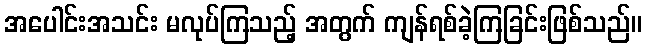
အပေါင်းအသင်း မလုပ်ကြသည့် အတွက် ကျန်ရစ်ခဲ့ကြခြင်းဖြစ်သည်။